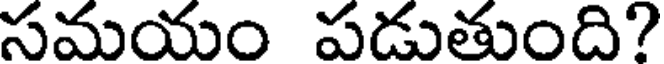
సమయం పడుతుంది?